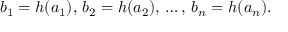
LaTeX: b _ { 1 } = h ( a _ { 1 } ) , \, b _ { 2 } = h ( a _ { 2 } ) , \, \dots , \, b _ { n } = h ( a _ { n } ) .